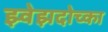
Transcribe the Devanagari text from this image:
झ्वेझदोच्का